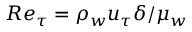
R e _ { \tau } = \rho _ { w } u _ { \tau } \delta / \mu _ { w }